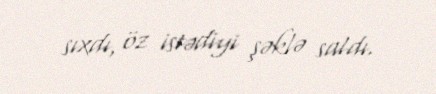
sıxdı, öz istədiyi şəklə saldı.